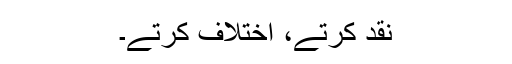
نقد کرتے، اختلاف کرتے۔